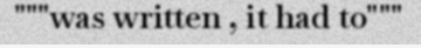
"""was written , it had to"""